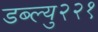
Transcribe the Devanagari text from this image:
डब्ल्यु२२१